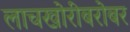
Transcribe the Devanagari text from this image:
लाचखोरीबरोबर